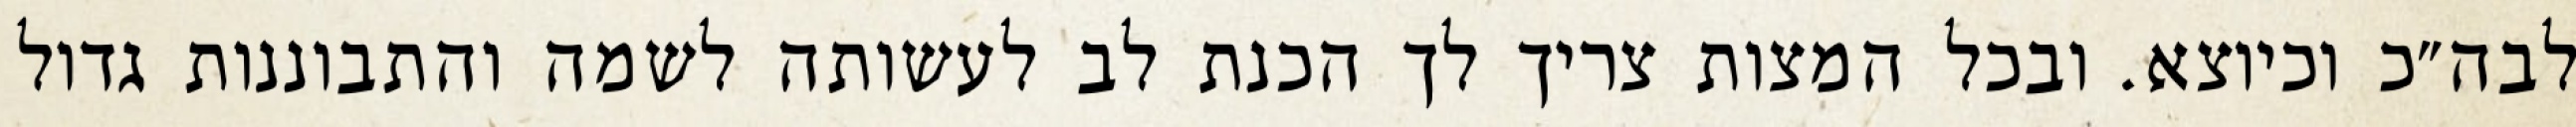
לבה״כ וכיוצא. ובכל המצות צריך לך הכנת לב לעשותה לשמה והתבוננות גדול